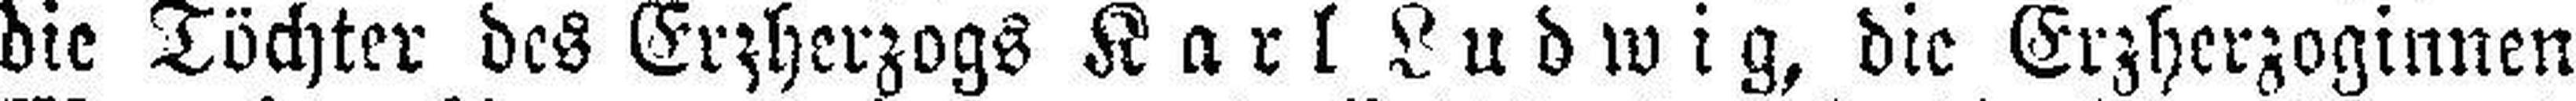
die Töchter des Erzherzogs Karl Ludwig, die Erzherzoginnen